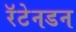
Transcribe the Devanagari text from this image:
रॅटेनडन